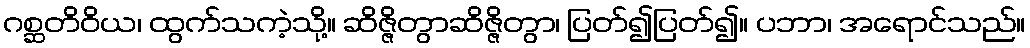
ဂစ္ဆတိဝိယ၊ ထွက်သကဲ့သို့။ ဆိဇ္ဇိတွာဆိဇ္ဇိတွာ၊ ပြတ်၍ပြတ်၍။ ပဘာ၊ အရောင်သည်။